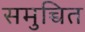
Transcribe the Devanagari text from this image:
समुच्चित